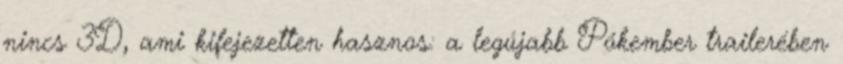
nincs 3D, ami kifejezetten hasznos: a legújabb Pókember trailerében